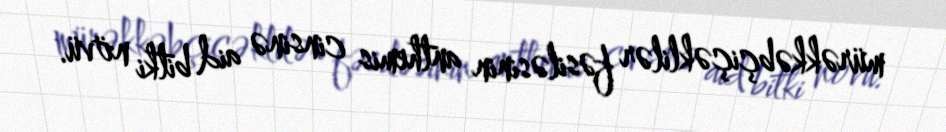
mürəkkəbçiçəklilər fəsiləsinin anthemis cinsinə aid bitki növü.